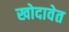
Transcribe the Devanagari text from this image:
खोदावेत